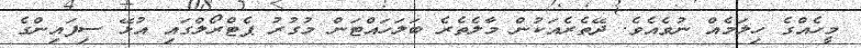
މީހެއްގެ ހިލަމެއް ނުވެއެވެ. ދޭތެރެއަކުން މާލެތެރެ ބަލަހައްޓަން މުގުރު ޕެޓްރޯލްގައި އުޅޭ ސިފައިންގެ